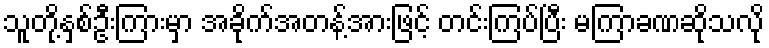
သူတို့နှစ်ဦးကြားမှာ အခိုက်အတန့်အားဖြင့် တင်းကြပ်ပြီး မကြာခဏဆိုသလို